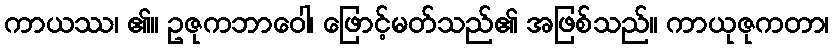
ကာယဿ၊ ၏။ ဥဇုကဘာဝေါ၊ ဖြောင့်မတ်သည်၏ အဖြစ်သည်။ ကာယုဇုကတာ၊